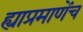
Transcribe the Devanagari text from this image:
ह्याप्रमाणेंच